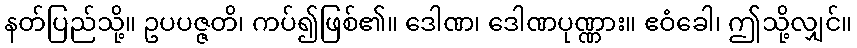
နတ်ပြည်သို့။ ဥပပဇ္ဇတိ၊ ကပ်၍ဖြစ်၏။ ဒေါဏ၊ ဒေါဏပုဏ္ဏား။ ဧဝံခေါ၊ ဤသို့လျှင်။